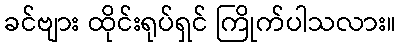
ခင်ဗျား ထိုင်းရုပ်ရှင် ကြိုက်ပါသလား။